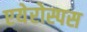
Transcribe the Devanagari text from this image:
एयेरोस्पस